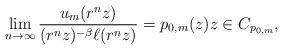
LaTeX: \begin{align*} \lim_{n \to \infty} \frac{u_m(r^n z)}{(r^n z)^{-\beta} \ell(r^n z) } = p_{0,m}(z) z \in C_{p_{0,m}},\end{align*}